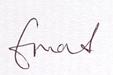
Signature authenticity: genuine